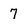
Character: 7